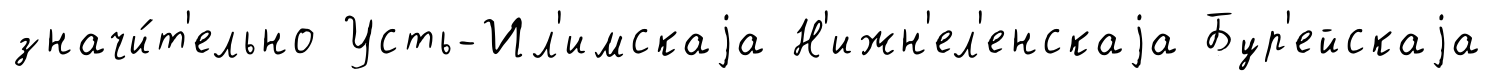
значи́т'ельно Усть-Ил'имскаjа Н'ижн'ел'енскаjа Бур'ейскаjа